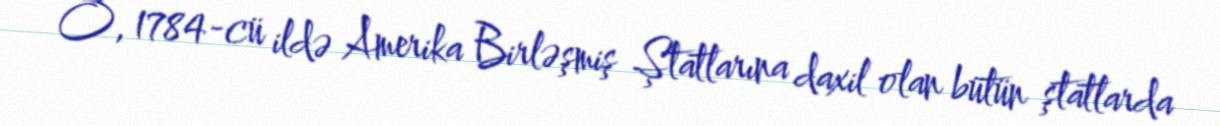
O, 1784-cü ildə Amerika Birləşmiş Ştatlarına daxil olan bütün ştatlarda